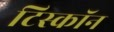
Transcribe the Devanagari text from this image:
टिस्कॉन